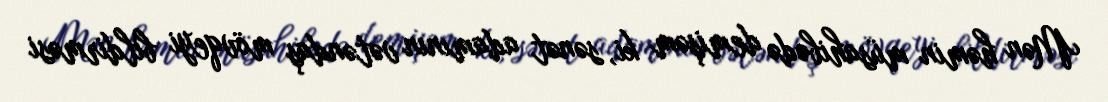
Mən həmin müsahibədə demişəm ki, sənət adamının vətəndaş mövqeyi bildirməsi